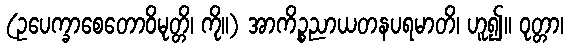
(ဥပေက္ခာစေတောဝိမုတ္တိ၊ ကို။) အာကိဉ္စညာယတနပရမာတိ၊ ဟူ၍။ ဝုတ္တာ၊